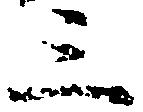
三